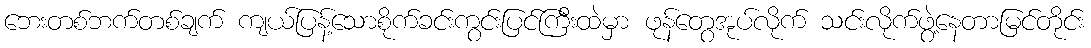
ဘေးတစ်ဘက်တစ်ချက် ကျယ်ပြန့်သောစိုက်ခင်းကွင်းပြင်ကြီးထဲမှာ ဖုန်တွေအုပ်လိုက် သင်းလိုက်ဖွဲ့နေတာမြင်တိုင်း